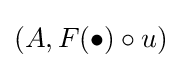
(A,F(\bullet )\circ u)